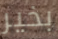
بخير